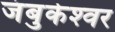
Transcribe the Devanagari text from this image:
जंबुकेश्‍वर